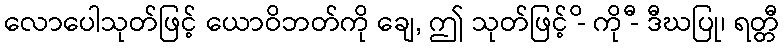
လောပေါသုတ်ဖြင့် ယောဝိဘတ်ကို ချေ, ဤ သုတ်ဖြင့် -ိ ကို -ီ ဒီဃပြု၊ ရတ္တီ